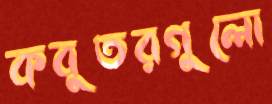
কবুতরগুলো